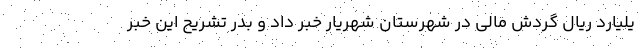
یلیارد ریال گردش مالی در شهرستان شهریار خبر داد و بدر تشریح این خبر